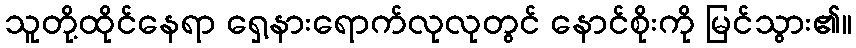
သူတို့ထိုင်နေရာ ရှေ့နားရောက်လုလုတွင် နောင်စိုးကို မြင်သွား၏။